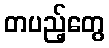
တပည့်တွေ